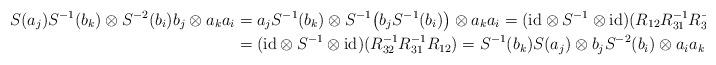
LaTeX: \begin{align*}S(a_j)S^{-1}(b_k) \otimes S^{-2}(b_i)b_j \otimes a_k a_i &= a_jS^{-1}(b_k) \otimes S^{-1}\!\left(b_j S^{-1}(b_i)\right) \otimes a_k a_i = (\mathrm{id} \otimes S^{-1} \otimes \mathrm{id})(R_{12} R_{31}^{-1} R_{32}^{-1})\\&= (\mathrm{id} \otimes S^{-1} \otimes \mathrm{id})( R_{32}^{-1} R_{31}^{-1} R_{12}) = S^{-1}(b_k)S(a_j) \otimes b_j S^{-2}(b_i) \otimes a_i a_k\end{align*}